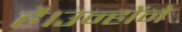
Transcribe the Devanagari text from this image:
है।उन्होंने